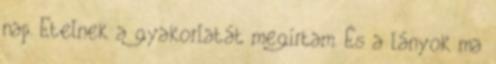
nap. Etelnek a gyakorlatát megírtam. És a lányok ma